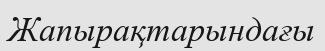
Жапырақтарындағы